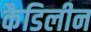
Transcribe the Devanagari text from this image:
कैडिलीन